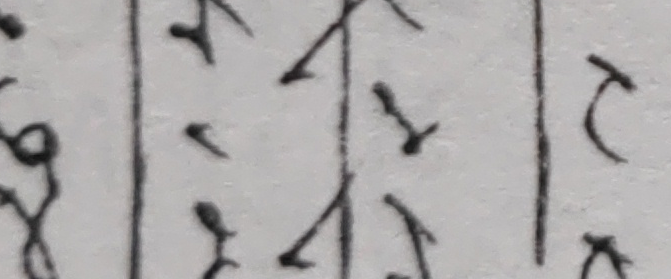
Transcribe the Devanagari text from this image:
४टर८